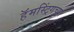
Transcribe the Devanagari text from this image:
हॅमस्ट्रिंगच्या